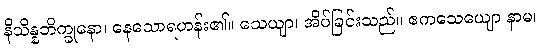
နိသိန္နဘိက္ခုနော၊ နေသောရဟန်း၏။ သေယျာ၊ အိပ်ခြင်းသည်။ ဧကသေယျော နာမ၊